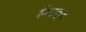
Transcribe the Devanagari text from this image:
हीराकूद